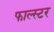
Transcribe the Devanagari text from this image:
फाल्स्टर